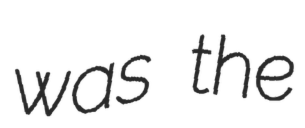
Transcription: was the